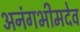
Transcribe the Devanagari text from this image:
अनंगभीमदेव